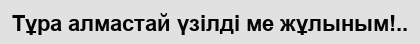
Тұра алмастай үзілді ме жұлыным!..